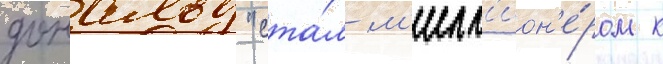
дональд "ста́л м'илл'ион'е́ром к